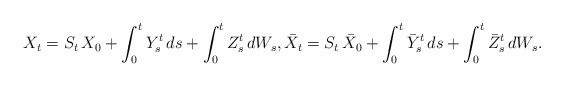
\begin{align*} X_t = S_t\, X_0 + \int_0^t Y^t_s \, ds + \int_0^t Z^t_s \, dW_s, \bar{X}_t = S_t\, \bar{X}_0 + \int_0^t \bar{Y}^t_s \, ds + \int_0^t \bar{Z}^t_s \, dW_s. \end{align*}